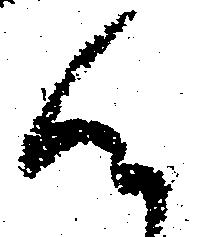
候